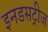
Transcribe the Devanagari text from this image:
इनडसट्रीज